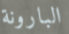
البارونة